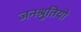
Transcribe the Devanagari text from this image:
जनश्रुतियो